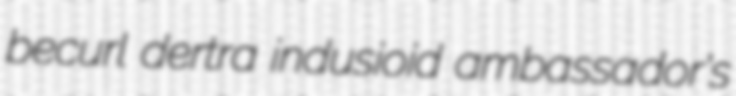
becurl dertra indusioid ambassador's